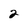
Character: 2